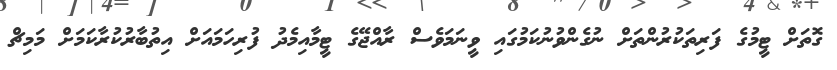
ގޮތަށް ޓީމުގެ ފަރިތަކުރުންތަށް ނުގެންވުނުކަމުގައި ވީނަމަވެސް ރާއްޖޭގެ ޓީމާއިމެދު ފުރިހަމައަށް އިތުބާރުކުރާކަމަށް މަމިޗް